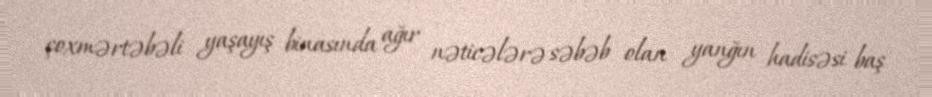
çoxmərtəbəli yaşayış binasında ağır nəticələrə səbəb olan yanğın hadisəsi baş